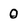
Character: 0